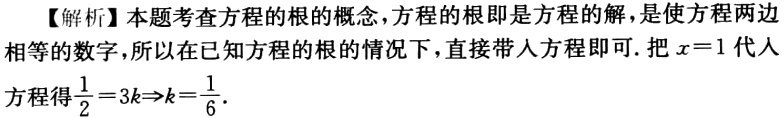
【解析】本题考查方程的根的概念，方程的根即是方程的解，是使方程两边相等的数字，所以在已知方程的根的情况下，直接带人方程即可. 把\(x = 1\)代人方程得\(\frac{1}{2}=3k\Rightarrow k=\frac{1}{6}\).